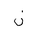
Letter: _non